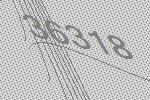
36318